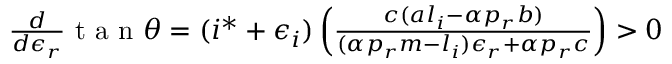
\begin{array} { r } { \frac { d } { d \epsilon _ { r } } \mathrm { ~ t ~ a ~ n ~ } \theta = ( i ^ { * } + \epsilon _ { i } ) \left( \frac { c ( a l _ { i } - \alpha p _ { r } b ) } { ( \alpha p _ { r } m - l _ { i } ) \epsilon _ { r } + \alpha p _ { r } c } \right) > 0 } \end{array}